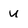
Character: u